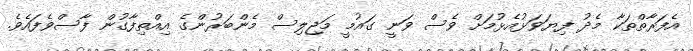
އެފަރާތްތަކާ މެދު ފިޔަވަޅުއެޅުމަށް ވެސް ވަނީ ގައުމީ މަޖިލިސް މެންބަރުންގެ އިއްތިފާގުން ފާސްވެފައެވެ.